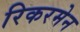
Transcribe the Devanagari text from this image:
रिकरमेन